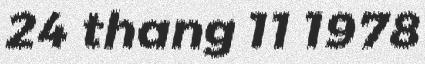
24 thang 11 1978